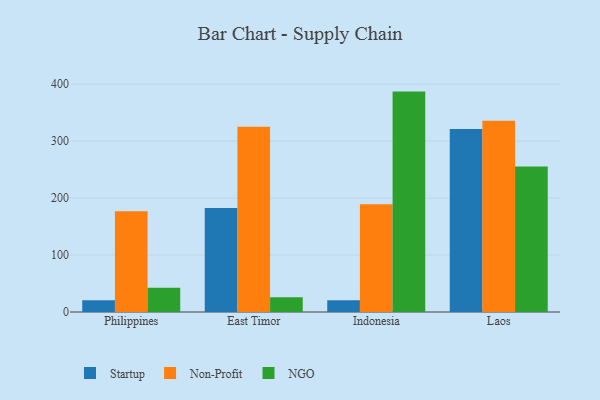
{"axis": {"x": "Country", "y": "Temperature (°C)"}, "legend": ["NGO", "Non-Profit", "Startup"], "data": [{"x": "Philippines", "y": 20.6, "type": "Startup"}, {"x": "Philippines", "y": 177.0, "type": "Non-Profit"}, {"x": "Philippines", "y": 42.4, "type": "NGO"}, {"x": "East Timor", "y": 182.5, "type": "Startup"}, {"x": "East Timor", "y": 325.0, "type": "Non-Profit"}, {"x": "East Timor", "y": 25.8, "type": "NGO"}, {"x": "Indonesia", "y": 20.7, "type": "Startup"}, {"x": "Indonesia", "y": 189.0, "type": "Non-Profit"}, {"x": "Indonesia", "y": 386.9, "type": "NGO"}, {"x": "Laos", "y": 321.4, "type": "Startup"}, {"x": "Laos", "y": 335.7, "type": "Non-Profit"}, {"x": "Laos", "y": 255.5, "type": "NGO"}]}